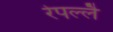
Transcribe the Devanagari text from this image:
रेपल्लै